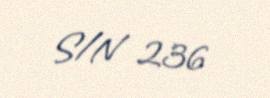
S/N 236